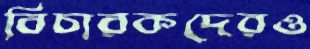
বিচারকদেরও